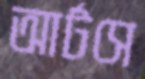
আর্টসে